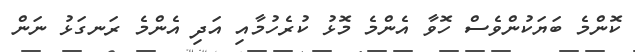
ކޮންމެ ބަޔަކުންވެސް ހޮވާ އެންމެ މޮޅު ކުރެހުމާއި އަދި އެންމެ ރަނގަޅު ނަން